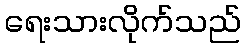
ရေးသားလိုက်သည်